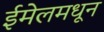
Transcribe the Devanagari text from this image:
ईमेलमधून